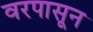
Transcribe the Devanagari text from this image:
वरपासून